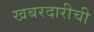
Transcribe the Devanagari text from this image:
खबरदारीची